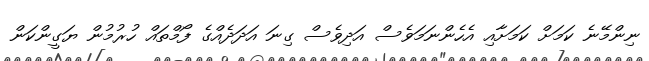
ނިންމޭނެ ކަމަށް ކަމަށާއި އެހެންނަމަވެސް އަދިވެސް ގިނަ އަދަދެއްގެ ފޯމްތައް ހުރުމުން ޔަގީންކަން